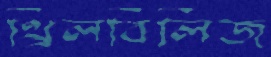
থ্রিলবিলিজ